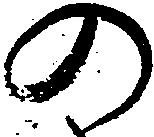
の